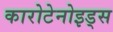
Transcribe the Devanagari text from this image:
कारोटेनोइड्स